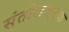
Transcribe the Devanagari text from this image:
संतोशजनक